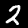
Label: 2